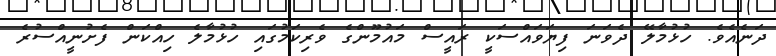
ދަނެއެވެ. ހުޅުމާލޭ ދެވަނަ ފިޔަވައްސަކީ ރައީސް މައުމޫންގެ ވެރިކަމުގައި ހުޅުމާލެ ހިއްކަން ފެށުނީއްސުރެ